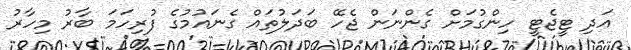
އަދި ޓީޖެޓީ ހިންގުމަށް ގެންނަން ޖެހޭ ބަދަލުތައް ގެނައުމުގެ ފުރިހަމަ ބާރު މިހާރު